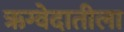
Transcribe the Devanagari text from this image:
ऋग्वेदातीला